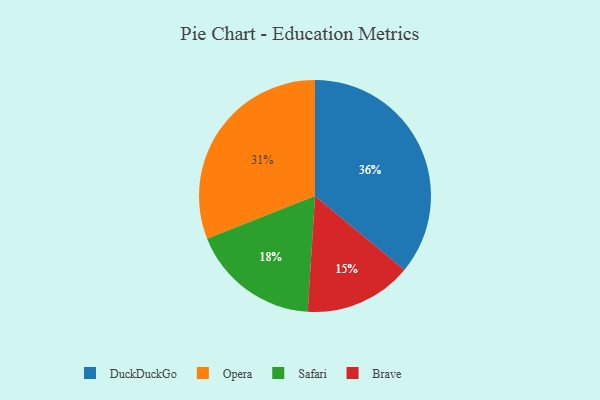
{"axis": {"x": "Category", "y": "Percentage"}, "legend": ["Brave", "DuckDuckGo", "Opera", "Safari"], "data": [{"x": "Opera", "y": 31, "type": "Opera"}, {"x": "DuckDuckGo", "y": 36, "type": "DuckDuckGo"}, {"x": "Brave", "y": 15, "type": "Brave"}, {"x": "Safari", "y": 18, "type": "Safari"}]}